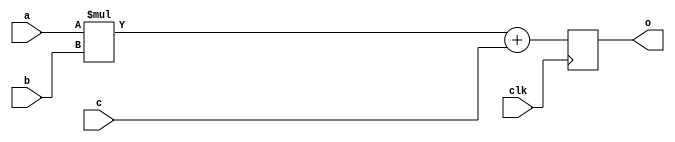
module multiply_add_64x64
#(
    parameter BITS=64
) (
`ifdef USE_POWER_PINS
    inout VPWR,
    inout VGND,
`endif
    input clk,
    input [BITS-1:0] a,
    input [BITS-1:0] b,
    input [BITS*2-1:0] c,
    output [BITS*2-1:0] o
);
    reg [BITS*2-1:0] o_tmp;

    always @(posedge clk) begin
	o_tmp = (a * b) + c;
    end

    assign o = o_tmp;
endmodule